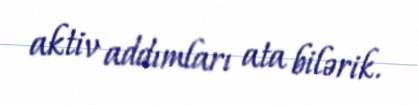
aktiv addımları ata bilərik.